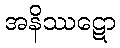
အနိဿဋော